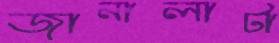
জানালাটা